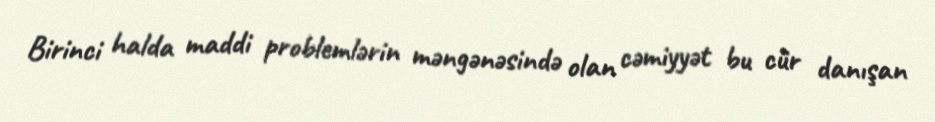
Birinci halda maddi problemlərin məngənəsində olan cəmiyyət bu cür danışan